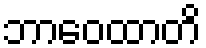
ဘာဝေထာတိ